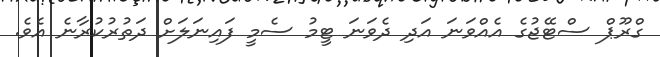
ގްރޫޕް ސްޓޭޖުގެ އެއްވަނަ އަދި ދެވަނަ ޓީމު ސެމީ ފައިނަލަށް ދަތުރުކުރާނެ އެވެ.